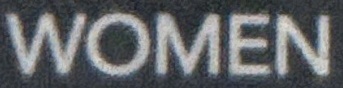
WOMEN